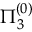
\Pi _ { 3 } ^ { ( 0 ) }